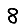
Digit: 8